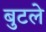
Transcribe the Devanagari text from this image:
बुटले